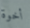
أخوة